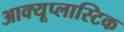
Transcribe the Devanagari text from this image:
आक्यूप्लास्टिक